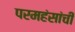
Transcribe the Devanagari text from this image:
परमहंसांची